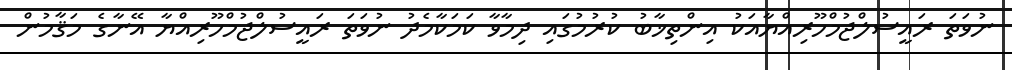
ނުވަތަ ރައީސުލްޖުމްހޫރިއްޔާއަކު އިންތިޚާބު ކުރުމުގައި ދިމާވާ ކަމަކާމެދު ނުވަތަ ރައީސުލްޖުމްހޫރިއްޔާ އޭނާގެ މަޤާމުން